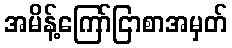
အမိန့်ကြော်ငြာစာအမှတ်